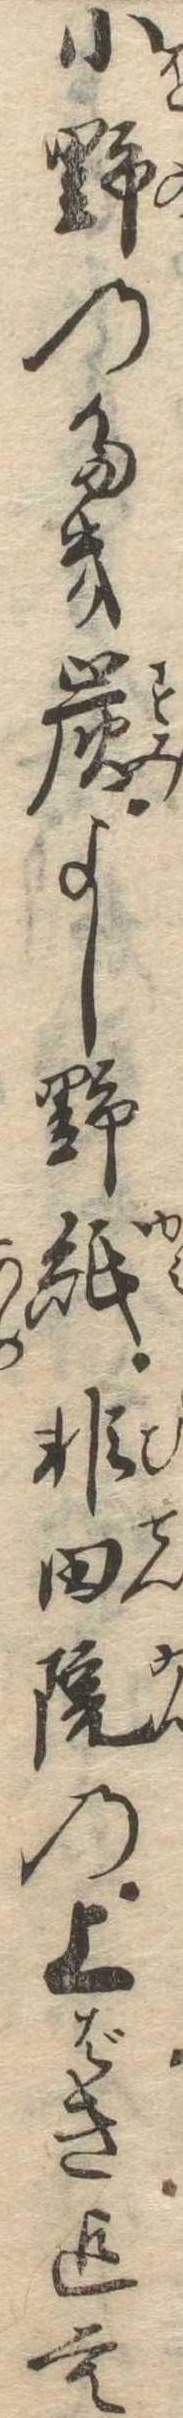
小野のたき炭よし野紙非田院の上ばき迄も